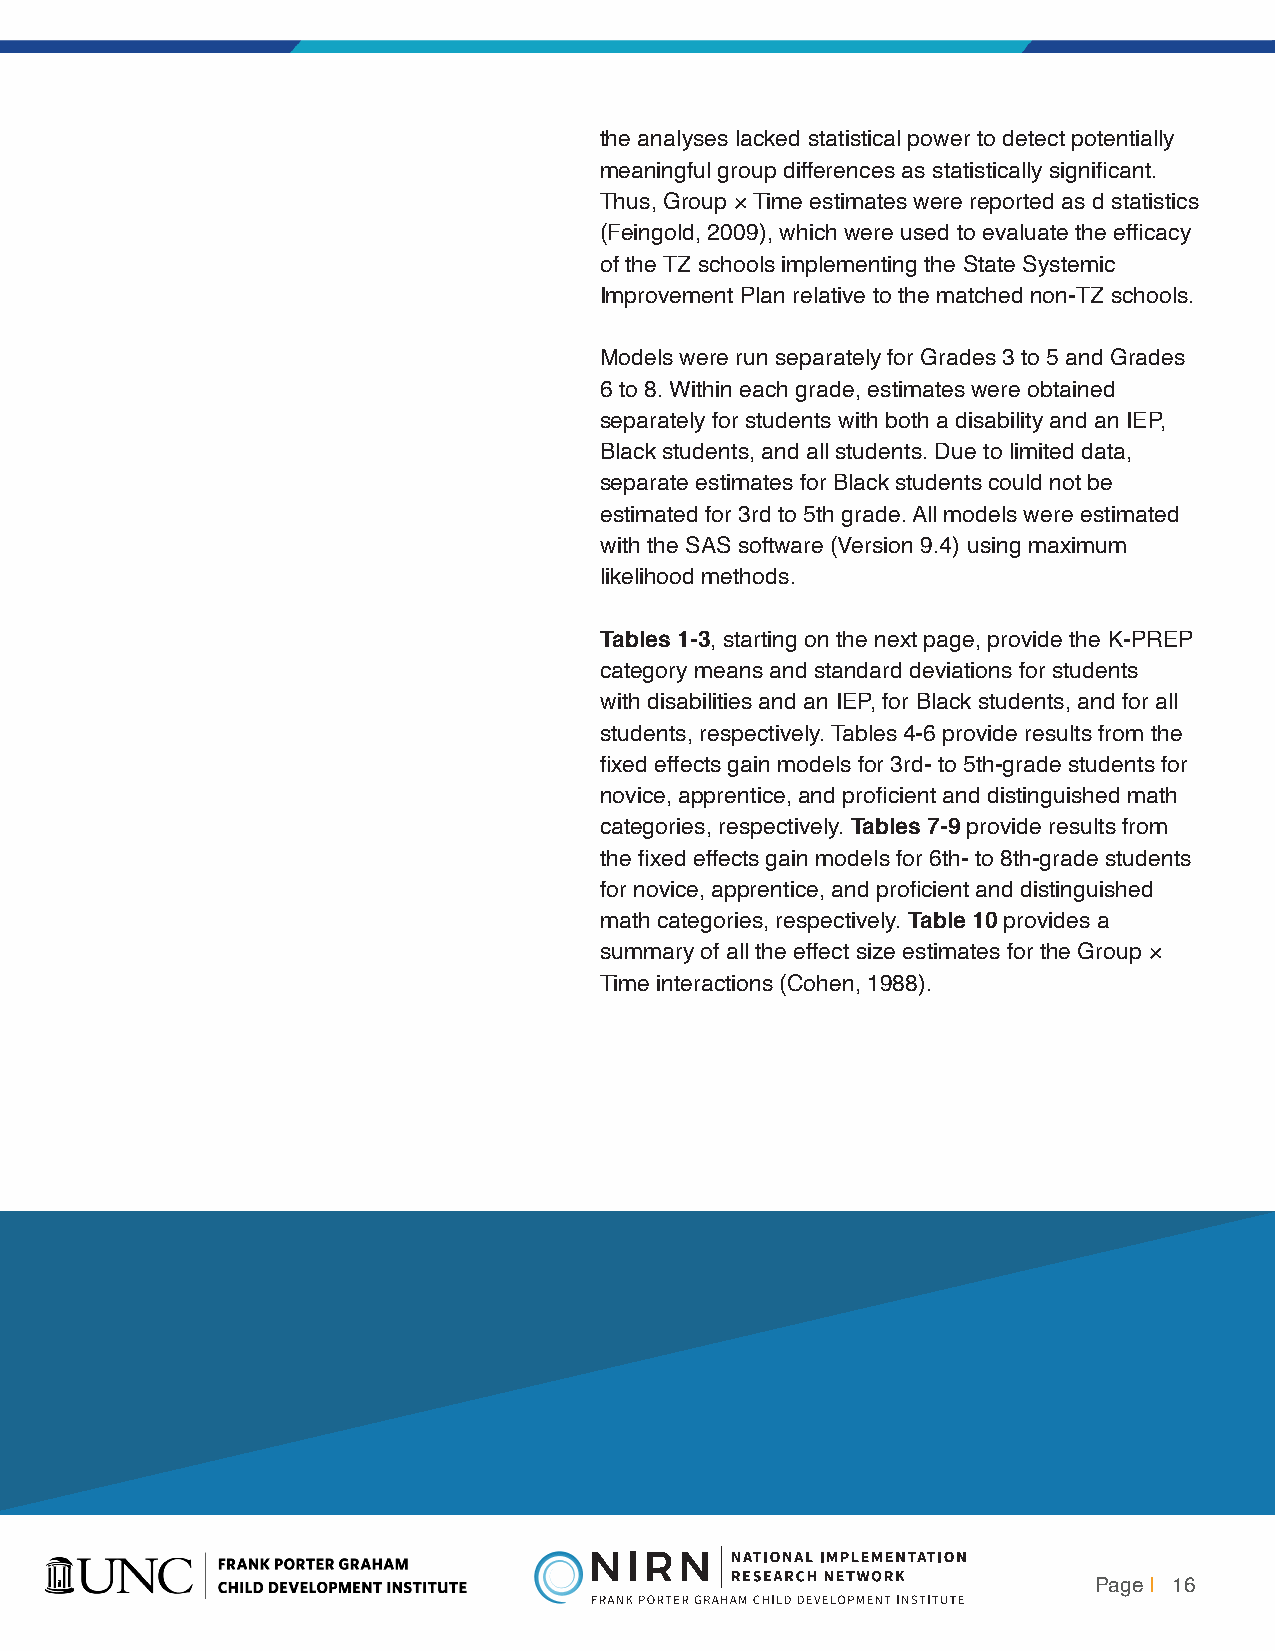
the analyses lacked statistical power to detect potentially
 meaningful group differences as statistically significant.
 Thus, Group × Time estimates were reported as d statistics
 (Feingold, 2009), which were used to evaluate the efficacy
 of the TZ schools implementing the State Systemic
 Improvement Plan relative to the matched non-TZ schools.
 Models were run separately for Grades 3 to 5 and Grades
 6 to 8. Within each grade, estimates were obtained
 separately for students with both a disability and an IEP,
 Black students, and all students. Due to limited data,
 separate estimates for Black students could not be
 estimated for 3rd to 5th grade. All models were estimated
 with the SAS software (Version 9.4) using maximum
 likelihood methods.
 Tables 1-3, starting on the next page, provide the K-PREP
 category means and standard deviations for students
 with disabilities and an IEP, for Black students, and for all
 students, respectively. Tables 4-6 provide results from the
 fixed effects gain models for 3rd- to 5th-grade students for
 novice, apprentice, and proficient and distinguished math
 categories, respectively. Tables 7-9 provide results from
 the fixed effects gain models for 6th- to 8th-grade students
 for novice, apprentice, and proficient and distinguished
 math categories, respectively. Table 10 provides a
 summary of all the effect size estimates for the Group ×
 Time interactions (Cohen, 1988).
 Page | 16